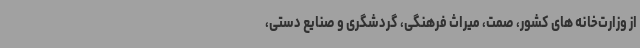
از وزارت‌خانه های کشور، صمت، میراث‌ فرهنگی، گردشگری و صنایع‌ دستی،